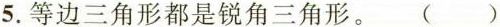
5.等边三角形都是锐角三角形。()